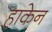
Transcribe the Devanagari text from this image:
हाकेन